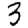
Digit: 3